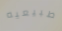
طبيعيه